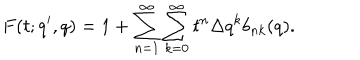
F ( t ; q ^ { \prime } , q ) = 1 + \sum _ { n = 1 } ^ { \infty } \sum _ { k = 0 } ^ { \infty } t ^ { n } \Delta q ^ { k } b _ { n k } ( q ) .